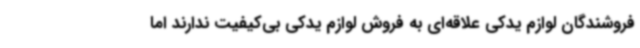
فروشندگان لوازم یدکی علاقه‌ای به فروش لوازم یدکی بی‌کیفیت ندارند اما